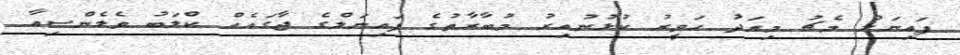
ފައިނަލް މެޗު މިއަދު ހަވީރު ކުޅުނުއިރު މުބާރާތުގެ ފައިނަލްގެ ޖާގައެއް ކްލަބު ވެލެންސިއާ